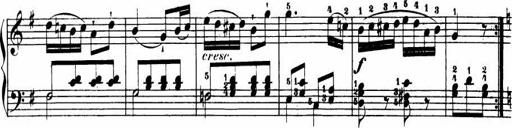
Title: Le bouquetier
Composer: Anton Diabelli
Key: G major
 C major
 F major
 C major